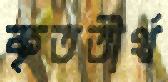
কৃততীর্থ